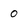
Character: o